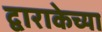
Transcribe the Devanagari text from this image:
द्वाराकेच्या